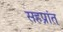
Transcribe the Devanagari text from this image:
सहप्रांत